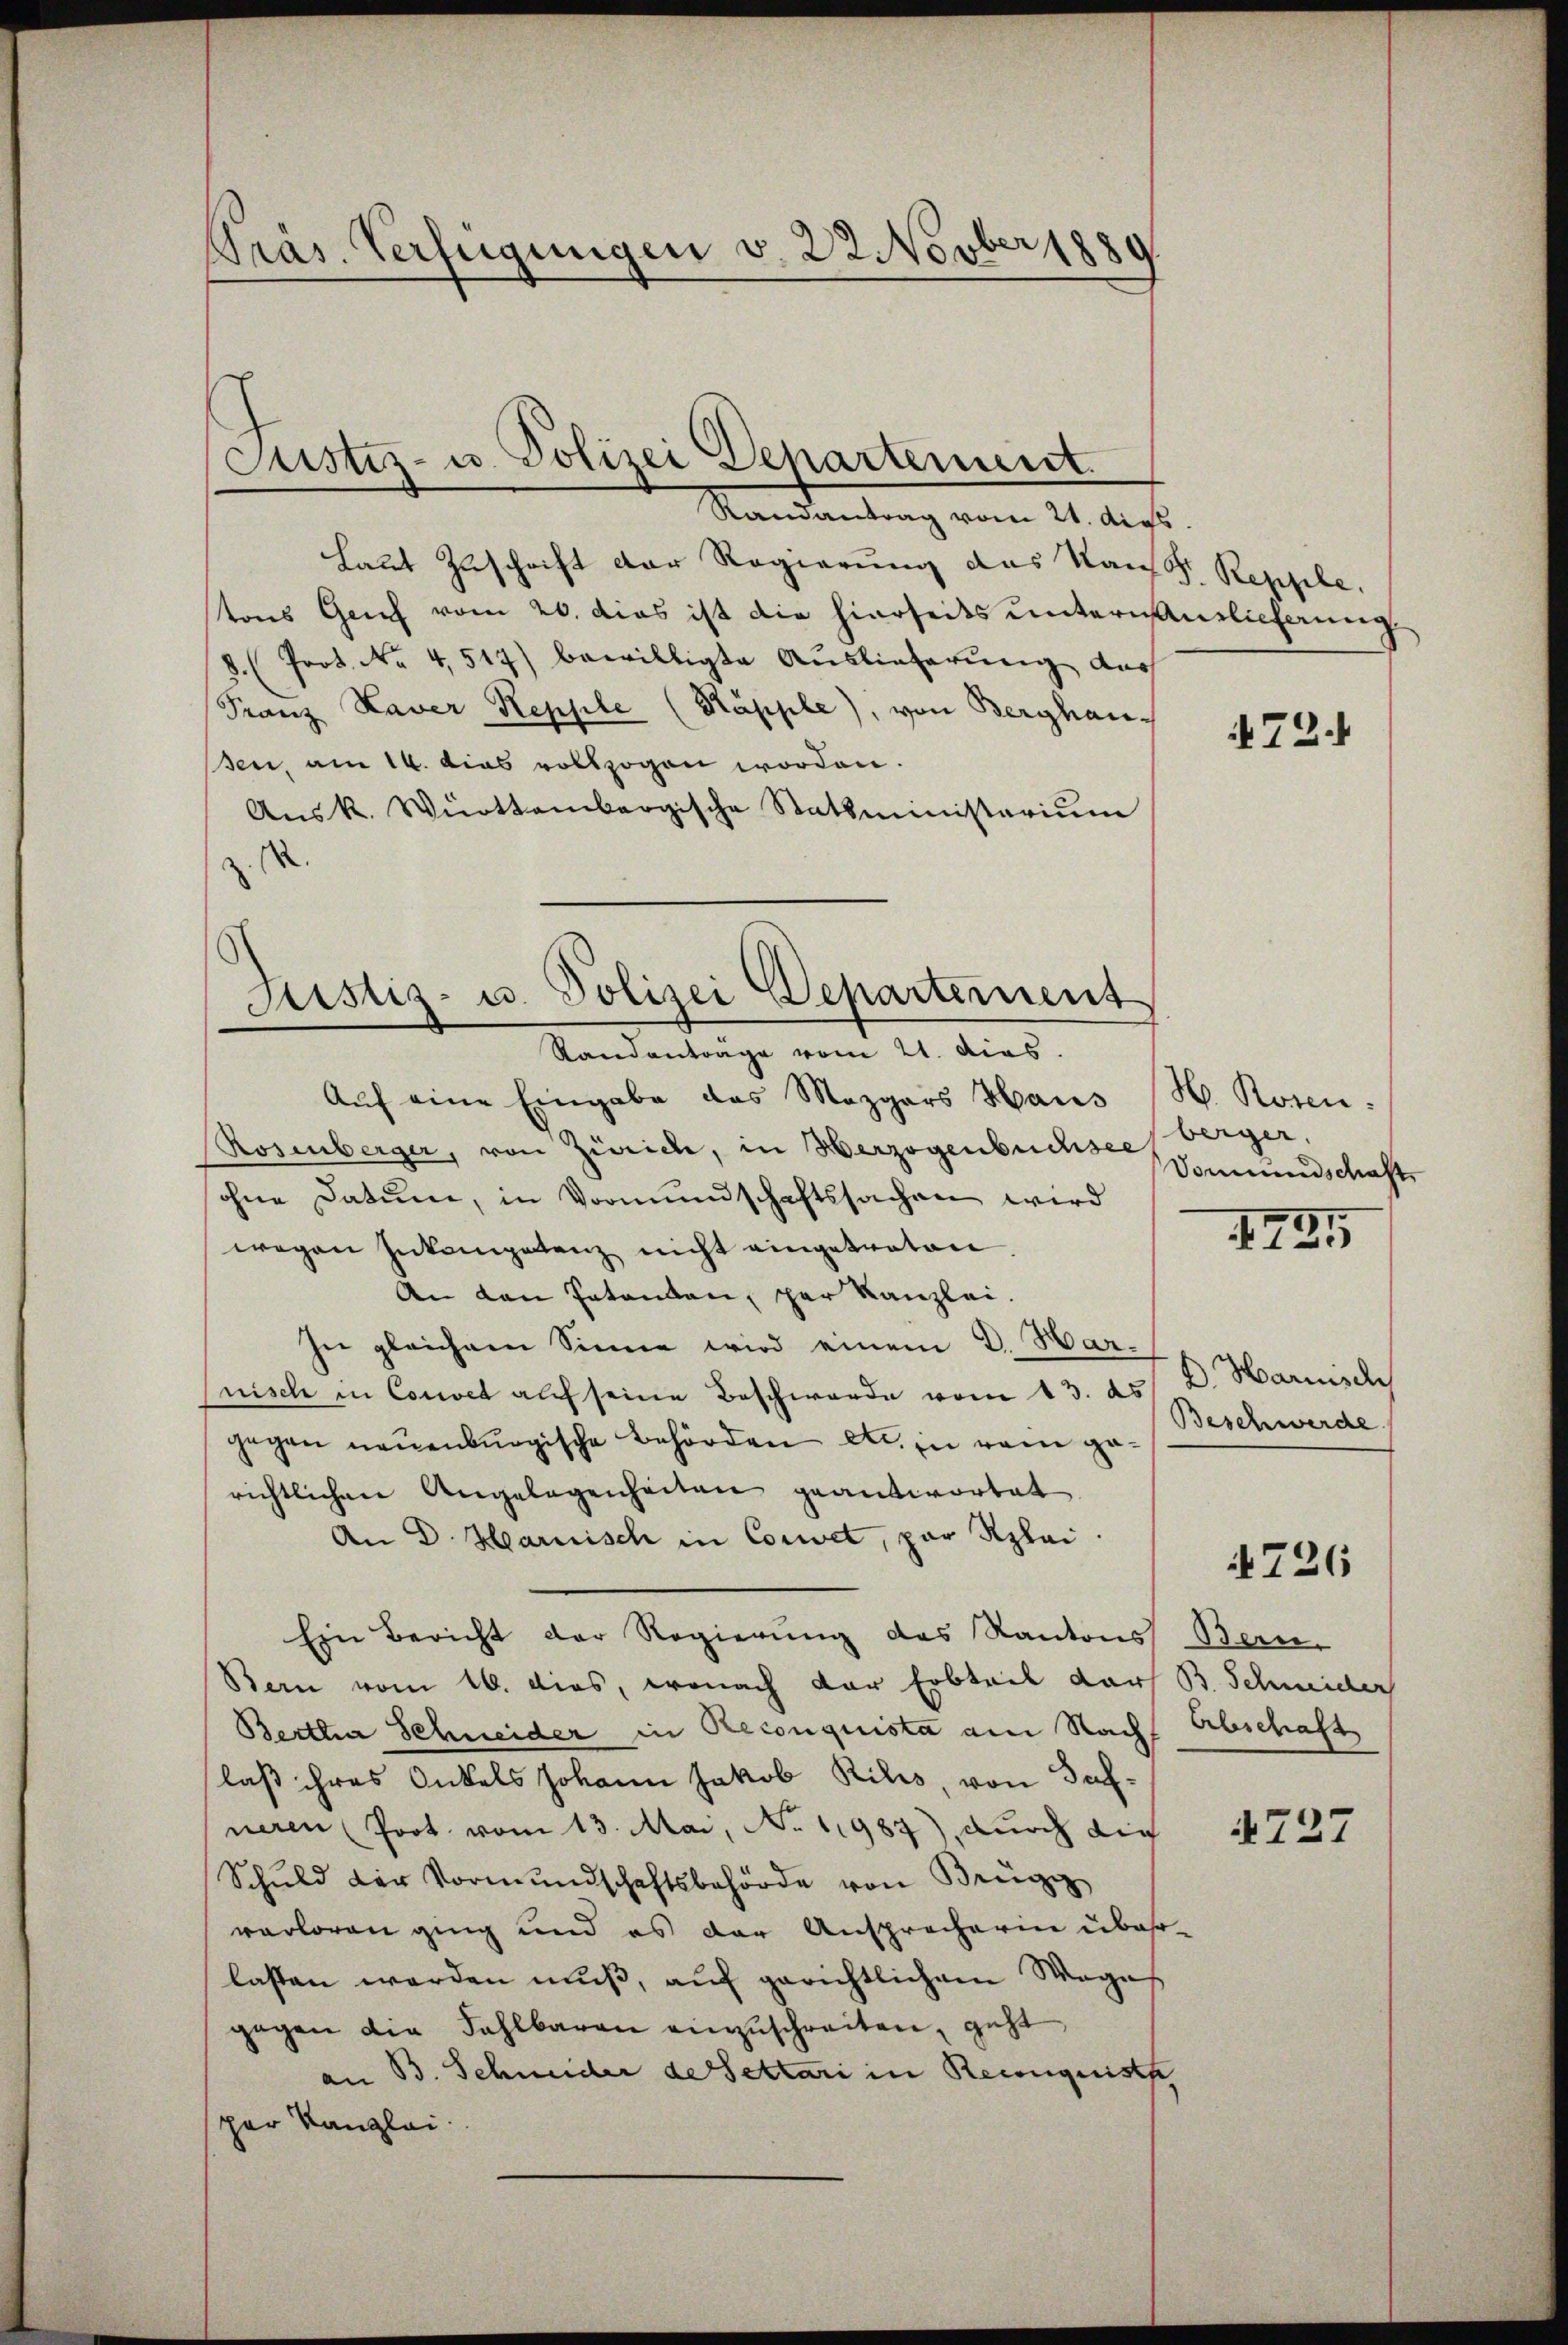
Präs. Verfügungen v. 22 Novber 1889

Justiz- u. Polizei Departement.
Randantrag vom 21. dies

Laut Zuschrift der Regierung das Kauf Repphe.
tons Geich vom 20. dies ist die hierseits unternantlicherung
d. (Prot. No 4,517) bewilligte Auslieferung dar
Franz Xaver Repple (Käpple), von Berghausen, am 14. dies vollzogen worden.
Aŭsk. Württembergische Statsministerium
.

Justiz- u. Polizei Departement
Randanträge vom 21. dies

Aŭf eine Eingabe das Mezgers Haus (H. Rosen:
Rosenberger, von Zürich, in Herzogenbüchsee
ohne Datum, in Vormundschaftssachen wird
wegen Inkompetenz nicht eingetreten.
An den Patenden, per Kanzlei.
In gleichem Sinne wird einem V. Har-
nisch in Convet auf seine Beschwerde vom 13. ds. D. Harisch
gegen neuenburgische Behörden etc. in vom ge-Beschwerde
richtlichen Angelegenheiten geantwortet
An D. Harnisch in Couwet, par Rzlai.
Ein Bericht der Regierung des Kantons Bern-
Bern vom 16. dies, wonach der Erbteil darf B. Schneider
Bertha Schneider in Reconquista am Nach Abschaft
laß ihres Onkels Johann Jakob Rilis, von Dachneren (Prot. vom 13. Mai, No 11987), durch die
Schuld der Vormŭndschaftsbehörde von Brügg
verloren ging und es der Ansprecherin überlassen werden muß, auf gerichtlichem Wege
gegen die Fahlbaren einzuschreiten, geht,
an B. Schneider de Settari in Reconquis
per Kanzlei.

472.

berger.
Vomeundschaft

1794

726

727